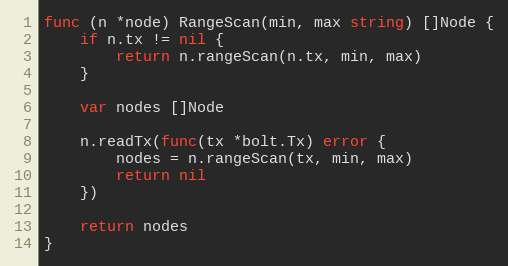
Language: Go
func (n *node) RangeScan(min, max string) []Node {
	if n.tx != nil {
		return n.rangeScan(n.tx, min, max)
	}

	var nodes []Node

	n.readTx(func(tx *bolt.Tx) error {
		nodes = n.rangeScan(tx, min, max)
		return nil
	})

	return nodes
}